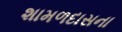
શામળદાસના